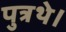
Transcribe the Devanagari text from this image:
पुत्रथे।